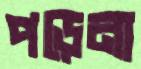
পড়েনা